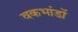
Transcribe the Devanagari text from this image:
वकभांडों